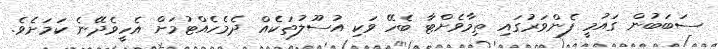
ސަބަބުން ގައުމީ ފެންވަރުގައި ތިމާވެށްޓާ ބެހޭ ވަކި އުސޫލުތަކެއް ދެމެހެއްޓުމަށް އެހީވެދޭނެ ކަމަށެވެ.